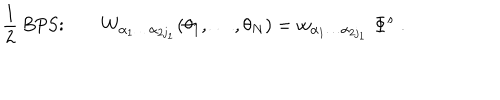
LaTeX: { \frac { 1 } { 2 } } \mathrm { ~ B P S : } \qquad W _ { \alpha _ { 1 } \ldots \alpha _ { 2 j _ { 1 } } } ( \theta _ { 1 } , \ldots , \theta _ { N } ) = w _ { \alpha _ { 1 } \ldots \alpha _ { 2 j _ { 1 } } } \; \Phi ^ { s } \; .